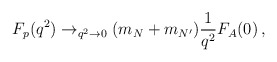
\begin{align*}F_{p}(q^{2})\to_{q^{2}\rightarrow0}(m_{N}+m_{N^{\prime }})\frac{1}{q^{2}}F_{A}(0)\, ,\end{align*}